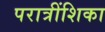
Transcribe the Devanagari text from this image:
परात्रींशिका